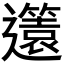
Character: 𨘻